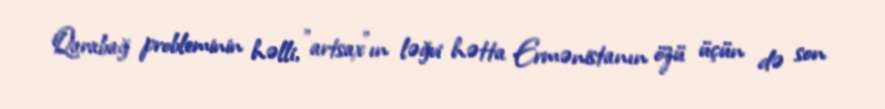
Qarabağ probleminin həlli, "artsax"ın ləğvi hətta Ermənistanın özü üçün də son